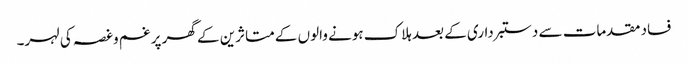
فساد مقدمات سے دستبرداری کے بعد ہلاک ہونے والوں کے متاثرین کے گھر پر غم وغصہ کی لہر۔